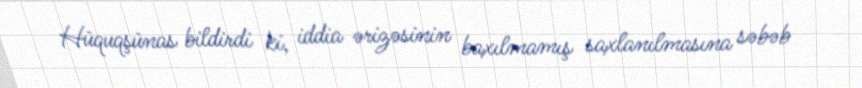
Hüquqşünas bildirdi ki, iddia ərizəsinin baxılmamış saxlanılmasına səbəb